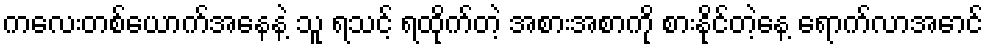
ကလေးတစ်ယောက်အနေနဲ့ သူ ရသင့် ရထိုက်တဲ့ အစားအစာကို စားနိုင်တဲ့နေ့ ရောက်လာအောင်